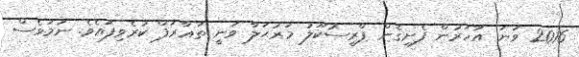
2016 ވަނަ އަހަރުން ފެށިގެން ޕްރީސުކޫލު މަރުޙަލާ ވަނީ ތަޢާރަފް ކުރެވިފައެވެ. ނަމަވެސް